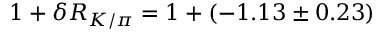
1 + \delta R _ { K / \pi } = 1 + ( - 1 . 1 3 \pm 0 . 2 3 ) \